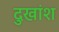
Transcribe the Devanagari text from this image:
दुखांश